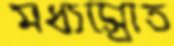
মধ্যস্রোত